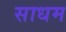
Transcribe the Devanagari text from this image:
साधम